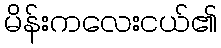
မိန်းကလေးငယ်၏